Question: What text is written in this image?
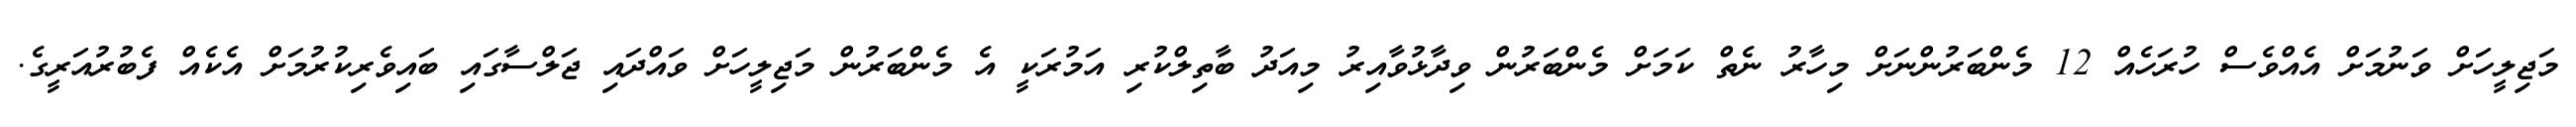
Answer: މަޖިލީހަށް ވަނުމަށް އެއްވެސް ހުރަހެއް 12 މެންބަރުންނަށް މިހާރު ނެތް ކަމަށް މެންބަރުން ވިދާޅުވާއިރު މިއަދު ބާތިލްކުރި އަމުރަކީ އެ މެންބަރުން މަޖިލީހަށް ވައްދައި ޖަލްސާގައި ބައިވެރިކުރުމަށް އެކެއް ފެބުރުއަރީގެ.